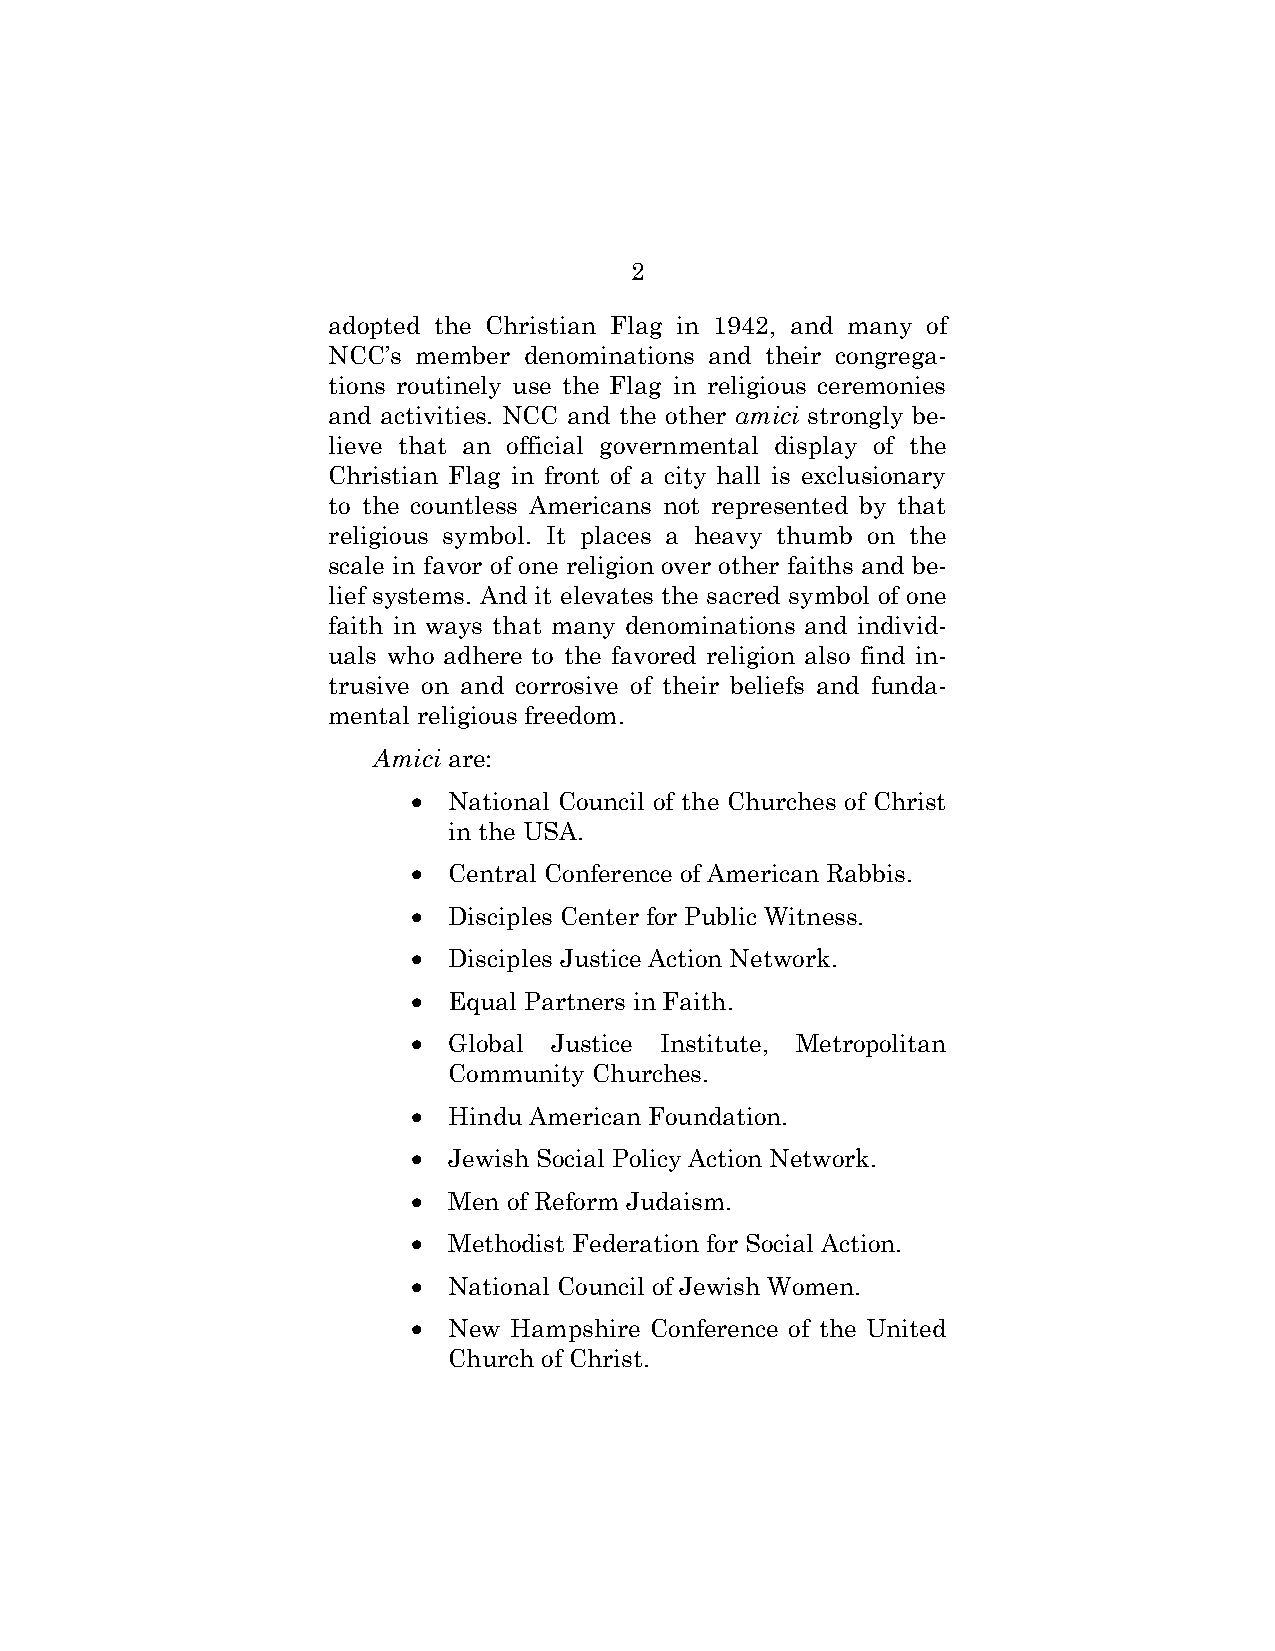
2
 adopted the Christian Flag in 1942, and many of
 NCC’s member denominations and their congrega-
 tions routinely use the Flag in religious ceremonies
 and activities. NCC and the other amici strongly be-
 lieve that an official governmental display of the
 Christian Flag in front of a city hall is exclusionary
 to the countless Americans not represented by that
 religious symbol. It places a heavy thumb on the
 scale in favor of one religion over other faiths and be-
 lief systems. And it elevates the sacred symbol of one
 faith in ways that many denominations and individ-
 uals who adhere to the favored religion also find in-
 trusive on and corrosive of their beliefs and funda-
 mental religious freedom.
 Amici are:
   National Council of the Churches of Christ
 in the USA.
   Central Conference of American Rabbis.
   Disciples Center for Public Witness.
   Disciples Justice Action Network.
   Equal Partners in Faith.
   Global Justice Institute, Metropolitan
 Community Churches.
   Hindu American Foundation.
   Jewish Social Policy Action Network.
   Men of Reform Judaism.
   Methodist Federation for Social Action.
   National Council of Jewish Women.
   New Hampshire Conference of the United
 Church of Christ.